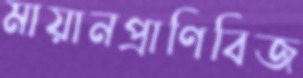
মায়ানপ্রাণিবিজ